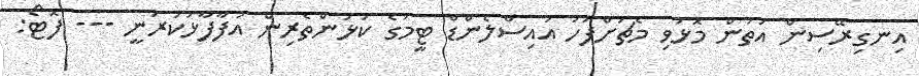
އިނގިރޭސިން އަތުން މޮޅުވި މެޗަށްފަހު އައިސްލެންޑް ޓީމުގެ ކުޅުންތެރިން އުފާފާޅުކުރަނީ --- ފޮޓޯ: